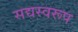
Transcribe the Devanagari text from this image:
सद्यस्वरूप